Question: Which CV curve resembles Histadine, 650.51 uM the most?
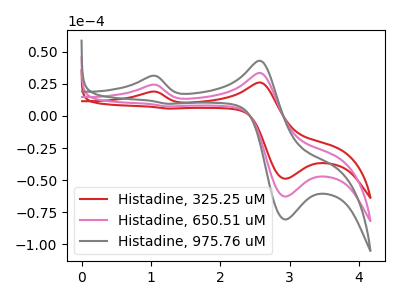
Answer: <think>The red curve "Histadine, 325.25 uM" has anodic peaks at (1.00V, 18.90uA) (2.55V, 26.05uA) and cathodic peaks at (2.95V, -48.90uA) (1.25V, 5.75uA). The pink curve "Histadine, 650.51 uM" has anodic peaks at (1.00V, 24.30uA) (2.55V, 33.50uA) and cathodic peaks at (2.95V, -62.85uA) (1.25V, 7.40uA). The gray curve "Histadine, 975.76 uM" has anodic peaks at (1.00V, 48.60uA) (2.55V, 66.95uA) and cathodic peaks at (2.95V, -125.70uA) (1.25V, 14.75uA).
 All the peaks in "Histadine, 325.25 uM" have a peak in "Histadine, 650.51 uM" at the same potential. All the peaks in "Histadine, 325.25 uM" have a peak in "Histadine, 975.76 uM" at the same potential. All the peaks in "Histadine, 650.51 uM" have a peak in "Histadine, 975.76 uM" at the same potential.</think>
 <answer>"Histadine, 650.51 uM" and "Histadine, 975.76 uM" have a similar shape to "Histadine, 325.25 uM".</answer>
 <eval>"Histadine, 650.51 uM" "Histadine, 975.76 uM"</eval>